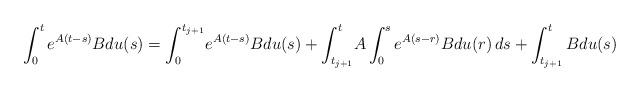
LaTeX: \begin{align*}\int_0^t e^{A(t-s)}Bdu(s)=\int_0^{t_{j+1}} \! e^{A(t-s)}Bdu(s) +\int_{t_{j+1}}^t \! A \int_0^s e^{A(s-r)}Bdu(r) \, ds + \int_{t_{j+1}}^t B du(s)\end{align*}